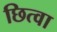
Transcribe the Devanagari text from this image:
छित्वा